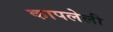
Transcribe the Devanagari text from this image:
कापलेली